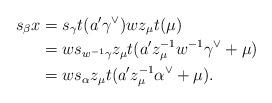
LaTeX: \begin{align*}s_\beta x &= s_\gamma t(a' \gamma^\lor) w z_\mu t(\mu) \\&= w s_{w^{-1}\gamma} z_\mu t(a' z_\mu^{-1} w^{-1} \gamma^\lor +\mu )\\&= w s_{\alpha} z_\mu t(a' z_\mu^{-1} \alpha^\lor +\mu ).\end{align*}